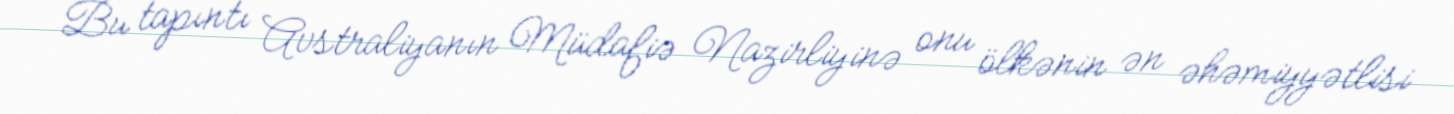
Bu tapıntı Avstraliyanın Müdafiə Nazirliyinə onu ölkənin ən əhəmiyyətlisi